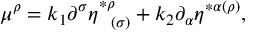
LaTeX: \mu ^ { \rho } = k _ { 1 } \partial ^ { \sigma } \eta _ { \; \; \; ( \sigma ) } ^ { * \rho } + k _ { 2 } \partial _ { \alpha } \eta ^ { * \alpha ( \rho ) } ,